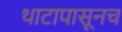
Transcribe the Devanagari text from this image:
थाटापासूनच